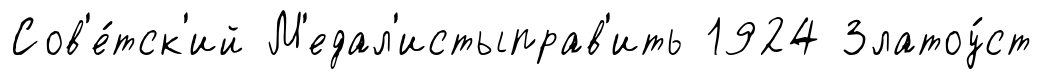
Сов'е́тск'ий М'едал'истыправ'ить 1924 Златоу́ст